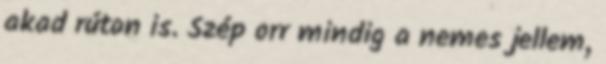
akad rúton is. Szép orr mindig a nemes jellem,